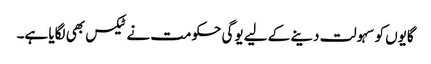
گایوں کو سہولت دینے کے لیے یوگی حکومت نے ٹیکس بھی لگایا ہے۔